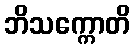
ဘိသက္ကောတိ